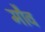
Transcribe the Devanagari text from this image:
मौव